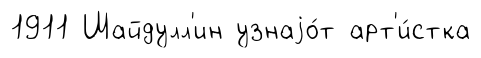
1911 Шайдулл'ин узнаjо́т арт'и́стка